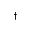
^ \dagger